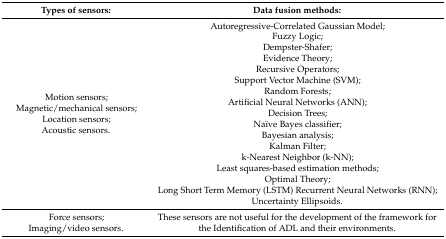
<table><thead><tr><td><b>Types of sensors:</b></td><td><b>Data fusion methods:</b></td></tr></thead><tbody><tr><td>Motion sensors;Magnetic/mechanical sensors;Location sensors;Acoustic sensors.</td><td>Autoregressive-Correlated Gaussian Model;Fuzzy Logic;Dempster-Shafer;Evidence Theory;Recursive Operators;Support Vector Machine (SVM);Random Forests;Artificial Neural Networks (ANN);Decision Trees;Naïve Bayes classifier;Bayesian analysis;Kalman Filter;k-Nearest Neighbor (k-NN);Least squares-based estimation methods;Optimal Theory;Long Short Term Memory (LSTM) Recurrent Neural Networks (RNN);Uncertainty Ellipsoids.</td></tr><tr><td>Force sensors;Imaging/video sensors.</td><td>These sensors are not useful for the development of the framework for the Identification of ADL and their environments.</td></tr></tbody></table>